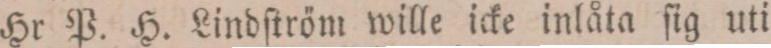
Hr P. H. Lindſtröm wille icke inlåta ſig uti